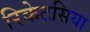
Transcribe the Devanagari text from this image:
रिकेटसिया